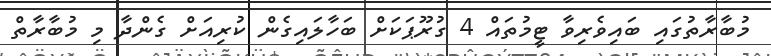
މުބާރާތުގައި ބައިވެރިވާ ޓީމުތައް 4 ގުރޫޕަކަށް ބަހާލައިގެން ކުރިއަށް ގެންދާ މި މުބާރާތް